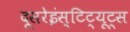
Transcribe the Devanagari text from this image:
दूसरेइंस्टिट्यूट्स